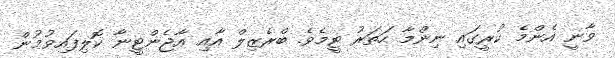
ވާނީ އެންމެ ކުރީގައި ނިންމާ ހަތަރު ޓީމެވެ. ބްރެޒިލް އާއި އާޖެންޓީނާ ކޮލިފައިވުމުން